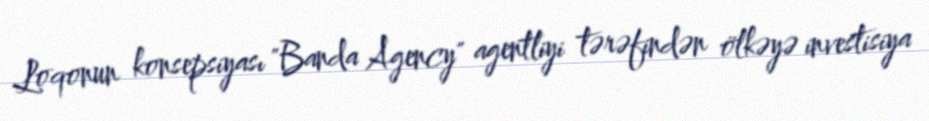
Loqonun konsepsiyası "Banda Agency" agentliyi tərəfindən ölkəyə investisiya